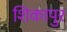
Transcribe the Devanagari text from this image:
शिकापुर